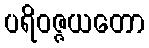
ပရိဝဇ္ဇယတော